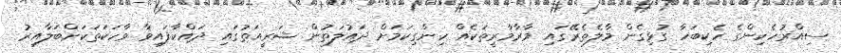
ސިއްރުހެކިންގެ ހެކިބަހާ ގުޅިގެން މާލެތެރޭގައި މާރާމާރީތަކެއް ހިންގިކަމަށް ދައުލަތުން ޝަރީއަތުގައި ދައްކާފައިވާ ވާހަކަތަކަށްބަލާއިރު